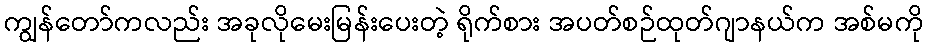
ကျွန်တော်ကလည်း အခုလိုမေးမြန်းပေးတဲ့ ရိုက်စား အပတ်စဉ်ထုတ်ဂျာနယ်က အစ်မကို